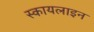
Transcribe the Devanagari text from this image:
स्कायलाइन